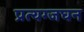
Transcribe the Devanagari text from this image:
प्रत्यग्जघन